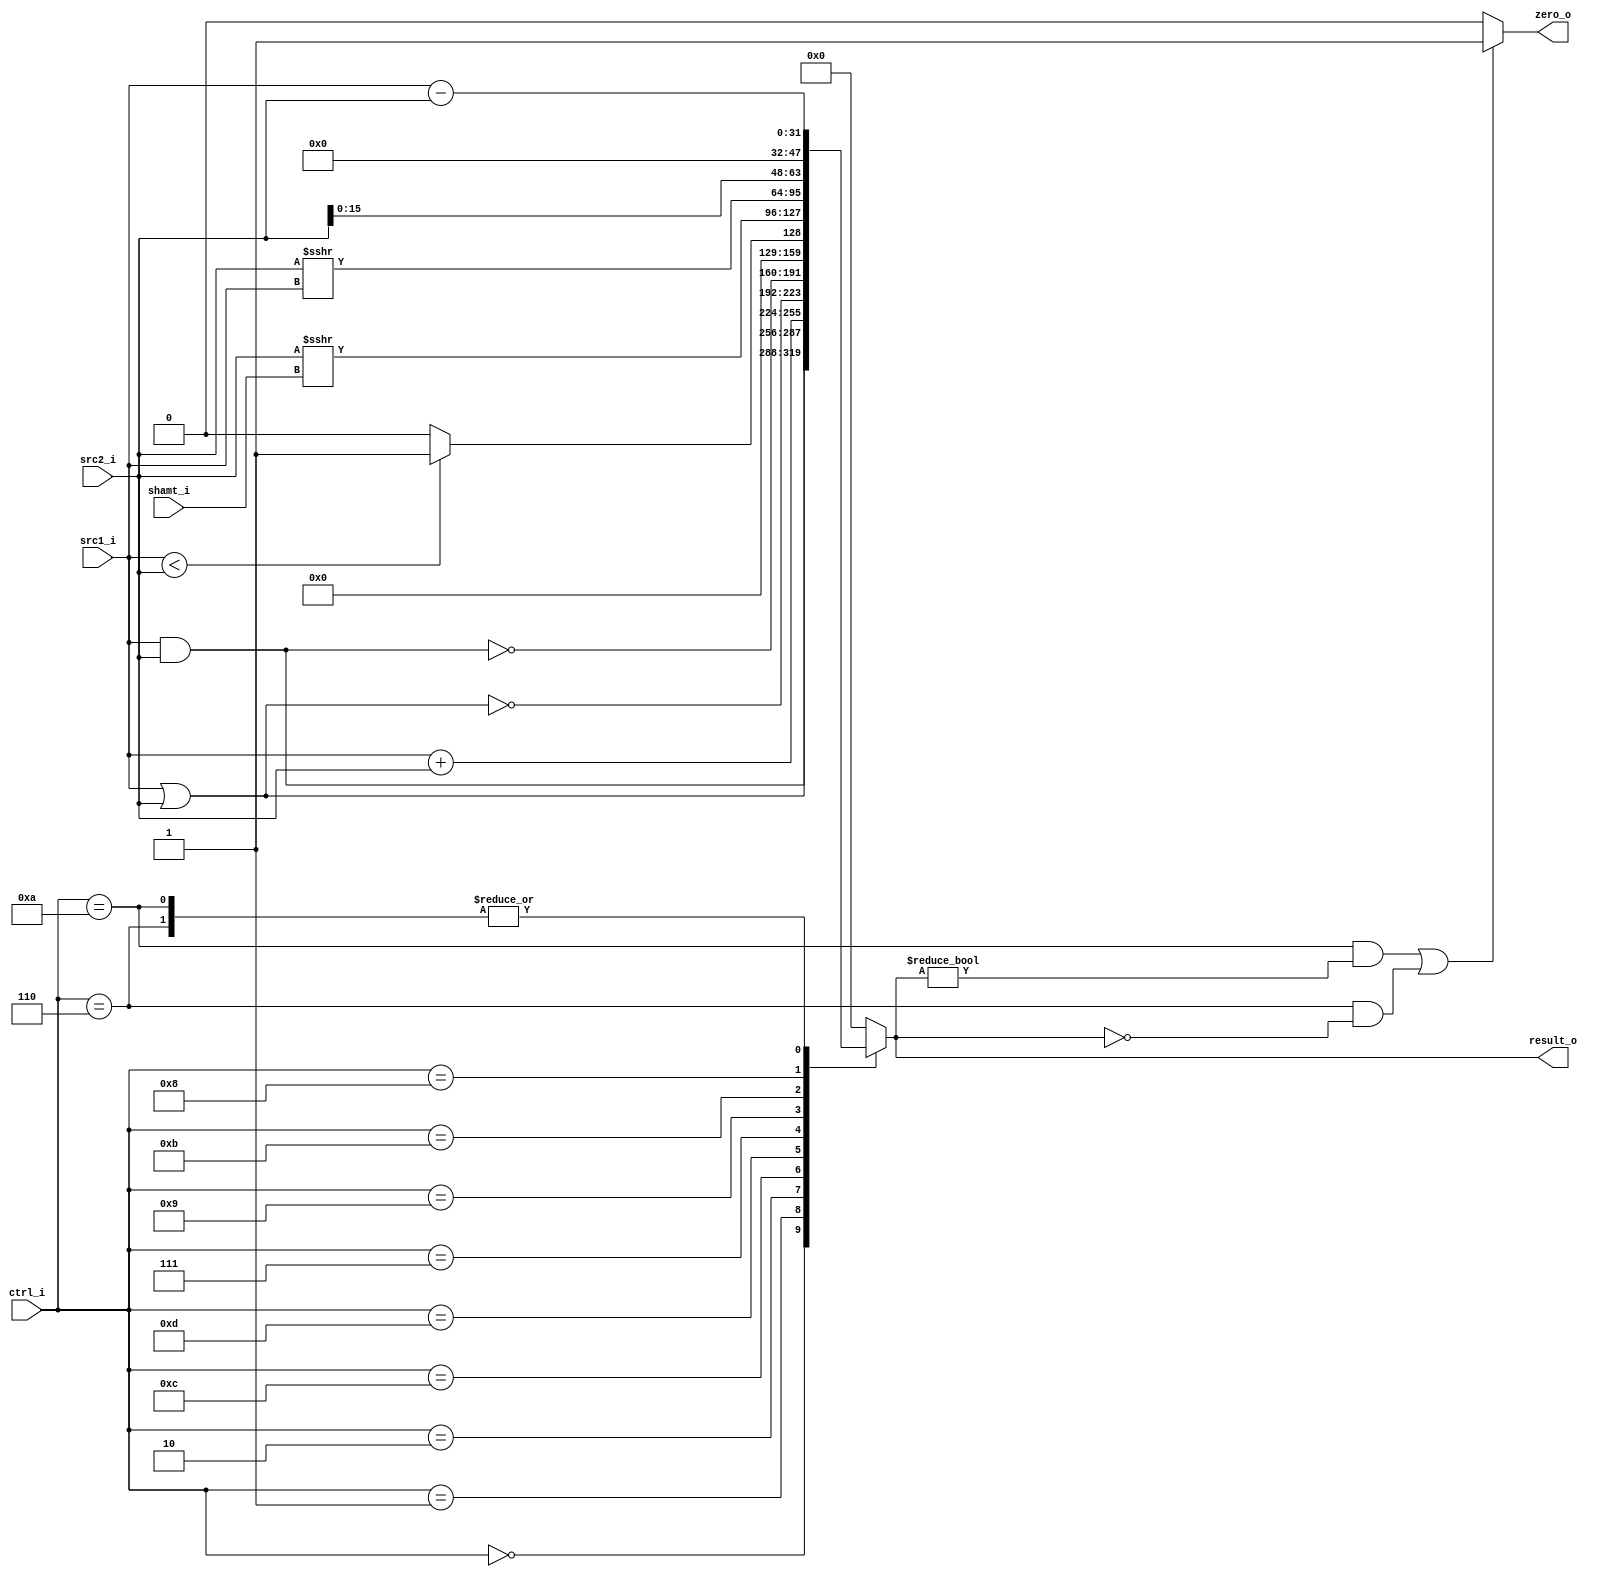
// 0416025 0416081
//Subject:     CO project 2 - ALU
//--------------------------------------------------------------------------------
//Version:     1
//--------------------------------------------------------------------------------
//Writer:      
//----------------------------------------------
//Date:        
//----------------------------------------------
//Description: 
//--------------------------------------------------------------------------------

module ALU(
    src1_i,
  	src2_i,
  	ctrl_i,
  	shamt_i,
  	result_o,
  	zero_o
	);
     
  //I/O ports
  input  [32-1:0]  src1_i;
  input  signed [32-1:0]	 src2_i;
  input  [4-1:0]   ctrl_i;
  input  [5-1:0]   shamt_i;

  output [32-1:0]	 result_o;
  output           zero_o;

  //Internal signals
  reg    [32-1:0]  result_o;
  wire             zero_o;
  wire [31:0] lui_o;
  //Parameter

  assign zero_o = ((ctrl_i == 4'b1010 & result_o != 0) || (ctrl_i == 4'b0110 & result_o == 0))? 1 : 0;
  assign lui_o = {src2_i[15:0], 16'b0000000000000000};

  //Main function
  always @(ctrl_i, src1_i, src2_i) begin
    case (ctrl_i)
      4'b0000:  result_o <= src1_i & src2_i; //and
      4'b0001:  result_o <= src1_i | src2_i; //or
      4'b0010:  result_o <= src1_i + src2_i; //add
      4'b0110:  result_o <= src1_i - src2_i; //sub
      4'b1100:  result_o <= ~(src1_i | src2_i); //nor
      4'b1101:  result_o <= ~(src1_i & src2_i); //nand
      4'b0111:  result_o <= src1_i < src2_i ? 1 : 0; //slt
      4'b1001:  result_o <= src2_i >>> shamt_i; //sra
      4'b1011:  result_o <= src2_i >>> src1_i; //srav
      4'b1000:  result_o <= {src2_i[15:0], 16'b0000000000000000}; //lui
      4'b0001:  result_o <= src1_i | src2_i; //ori
      4'b1010:  result_o <= src1_i - src2_i; //bne
      default: result_o <= 0;
    endcase
  end

endmodule